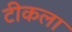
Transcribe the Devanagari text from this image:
टीकला